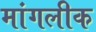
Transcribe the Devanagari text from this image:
मांगलीक